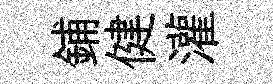
鋪健灌